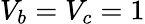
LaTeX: V_{b}=V_{c}=1